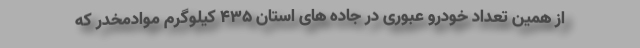
از همین تعداد خودرو عبوری در جاده های استان ۴۳۵ کیلوگرم موادمخدر که